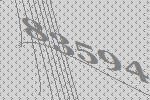
83594